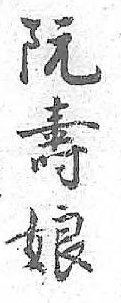
阮壽娘